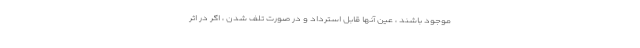
موجود باشند ، عین آنها قابل استرداد و در صورت تلف شدن ، اگر در اثر